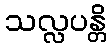
သလ္လပန္တိ